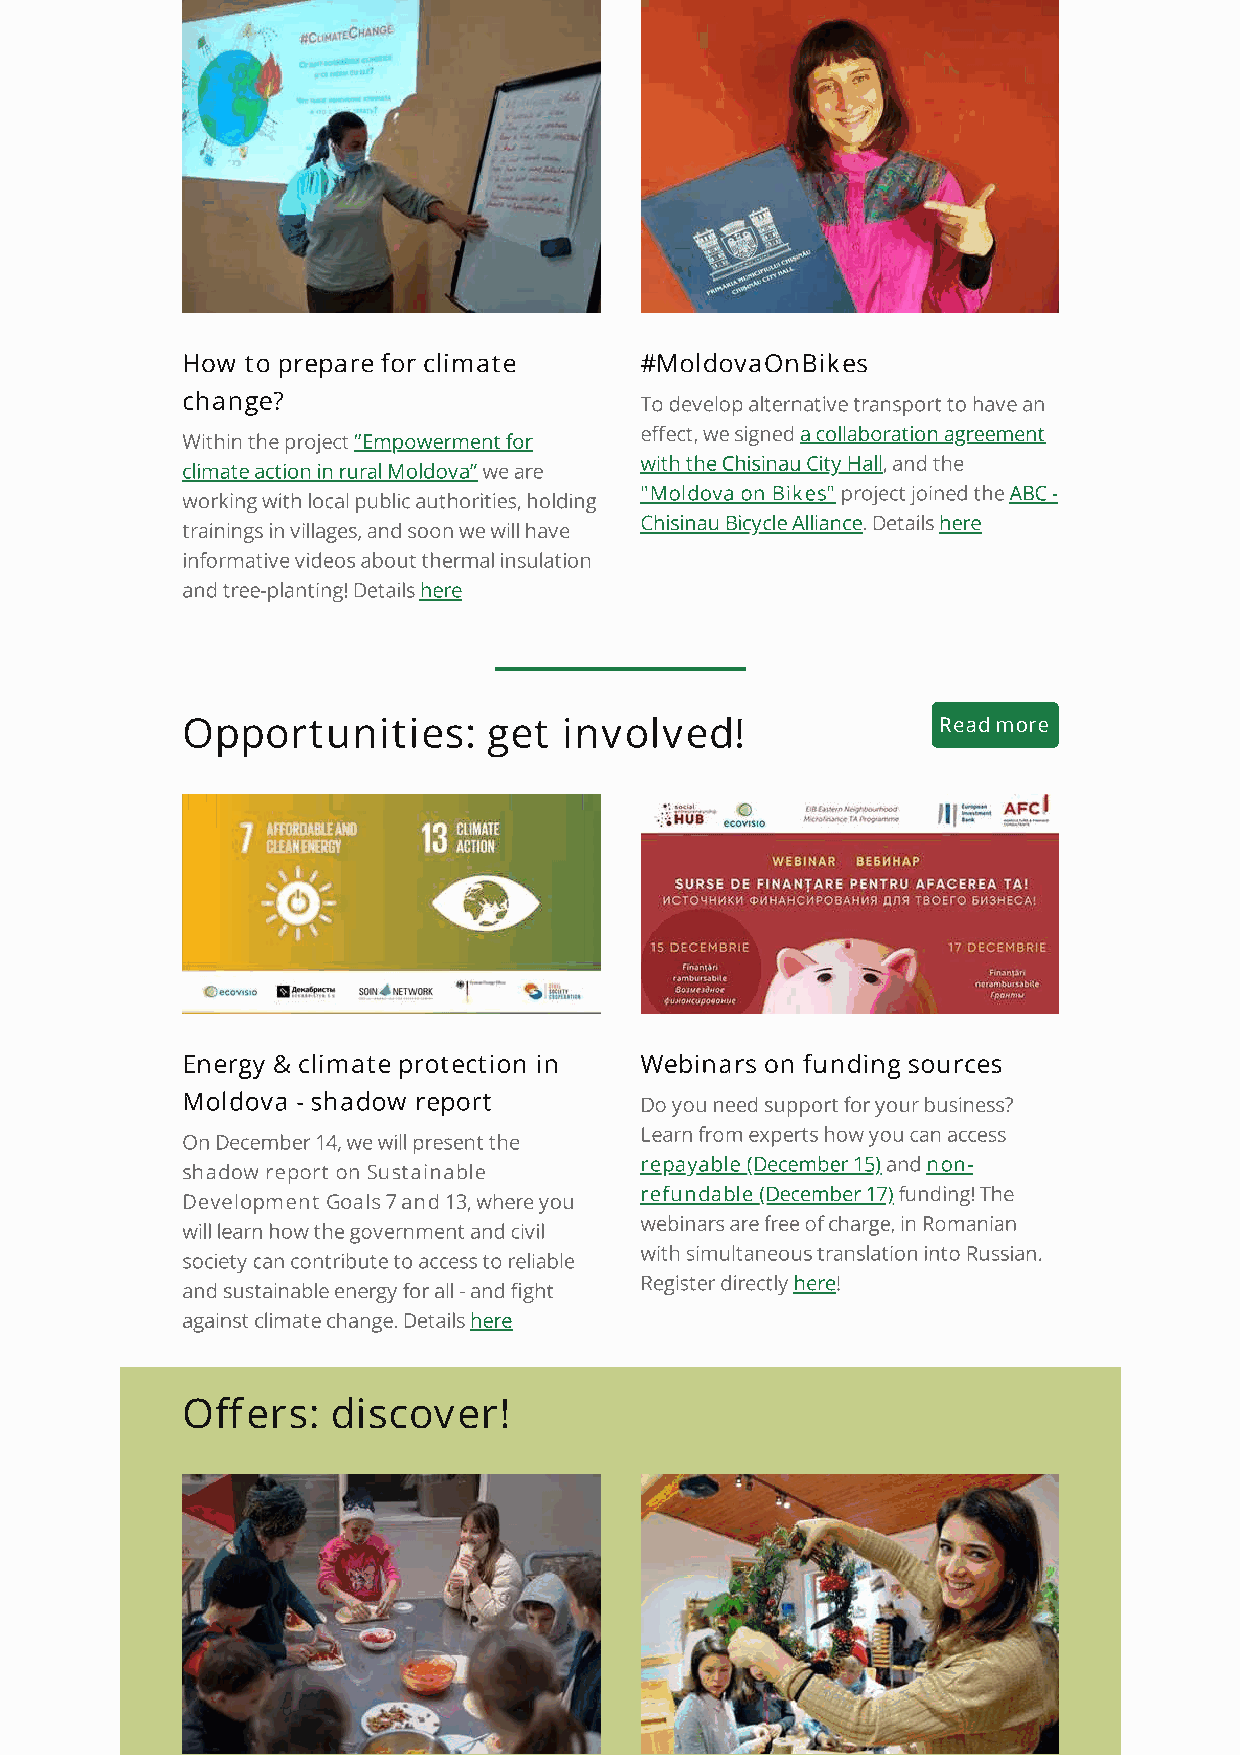
How to prepare for climate    #MoldovaOnBikes
 change?
 To develop alternative transport to have an
 eect, we signed a collaboration agreement
 Within the project ”Empowerment for
 with the Chisinau City Hall, and the
 climate action in rural Moldova” we are
 "Moldova on Bikes" project joined the ABC -
 working with local public authorities, holding
 Chisinau Bicycle Alliance. Details here
 trainings in villages, and soon we will have
 informative videos about thermal insulation
 and tree-planting! Details here
 Opportunities:      get  involved!                Read more
 Energy & climate protection in Webinars on funding sources
 Moldova - shadow report
 Do you need support for your business?
 Learn from experts how you can access
 On December 14, we will present the
 repayable (December 15) and non-
 shadow report on Sustainable
 refundable (December 17) funding! The
 Development Goals 7 and 13, where you
 webinars are free of charge, in Romanian
 will learn how the government and civil
 with simultaneous translation into Russian.
 society can contribute to access to reliable
 Register directly here!
 and sustainable energy for all - and ght
 against climate change. Details here
 Oers:    discover!